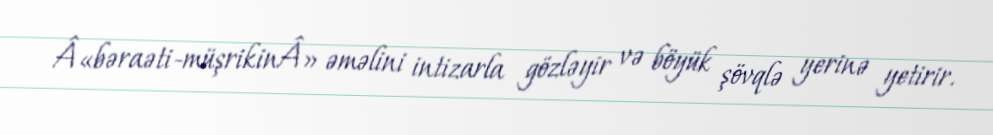
Â«bəraəti-müşrikinÂ» əməlini intizarla gözləyir və böyük şövqlə yerinə yetirir.